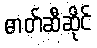
ဓာတ်ဆီဆိုင်